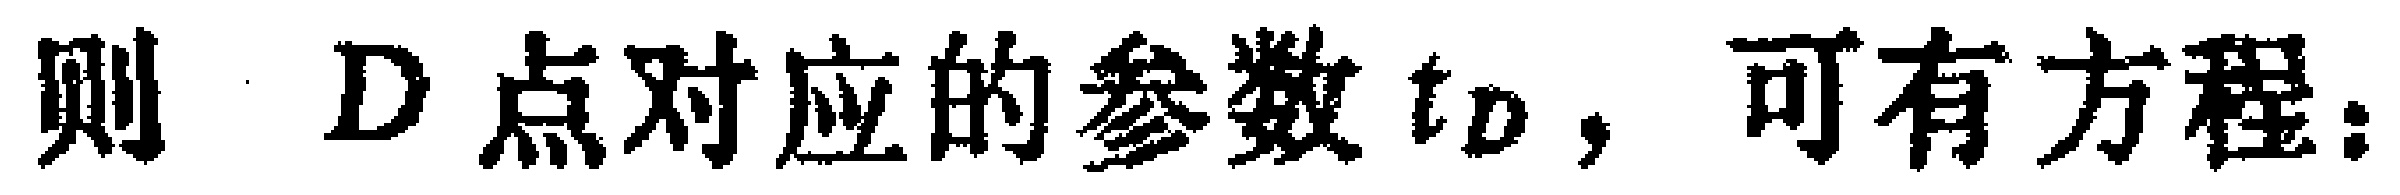
则 \(D\) 点对应的参数 \(t_D\)，可有方程：